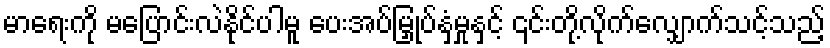
မာရေးကို မပြောင်းလဲနိုင်ပါမူ ပေးအပ်မြှုပ်နှံမှုနှင့် ၎င်းတို့လိုက်လျှောက်သင့်သည့်